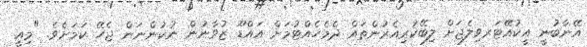
އޭނާބުނީ އީކުއޭޓަރވިލެޖަށް ލިބޭކުރިއެރުންތައް ދެމެހެއްޓުމަށް އައްޑޫ ޒުވާނުން ނުކުންނަން ޖެހޭ ކަމަށެވެ. "މިއީ